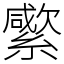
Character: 䌠